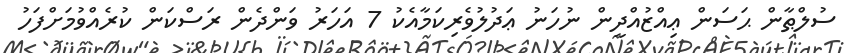
ސުލްޠާން ޙަސަން ޢިއްޒުއްދީން ނުހަނު ޢަދުލުވެރިކަމާއެކު 7 އަހަރު ވަންދެން ރަސްކަން ކުރެއްވުމަށްފަހު